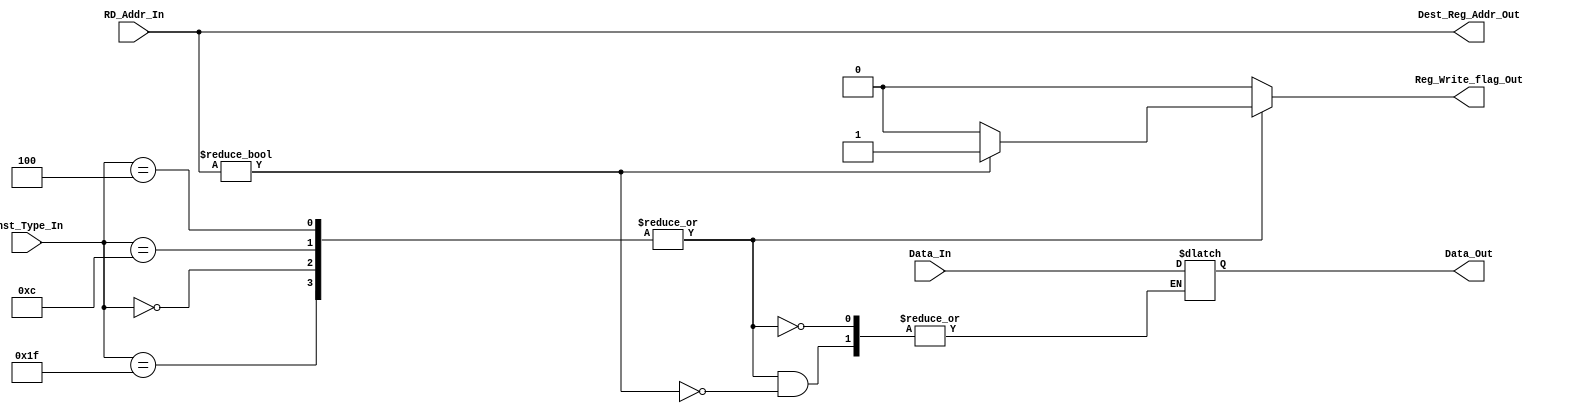
`timescale 1ns / 1ps
//////////////////////////////////////////////////////////////////////////////////
// Company: 
// Engineer: 
// 
// Design Name: 
// Module Name: RW
// Project Name: 
// Target Devices: 
// Tool Versions: 
// Description: 
// 
// Dependencies: 
// 
// Revision:
// Revision 0.01 - File Created
// Additional Comments:
// 
//////////////////////////////////////////////////////////////////////////////////


module RW(
            input[31:0] Data_In,
            input[4:0] Inst_Type_In,
            input[4:0] RD_Addr_In,
            output reg[31:0] Data_Out,
            output reg Reg_Write_flag_Out,
            output reg[4:0] Dest_Reg_Addr_Out
            );
            
    // Based on the value in the Opcode i.e., Inst[6:2] -> 5bits
    parameter IMMEDIATE_TYPE = 5'b00100;
    parameter REGISTER_REGISTER_TYPE = 5'b01100;
    parameter LOAD_TYPE = 5'b00000;
    parameter STORE_TYPE = 5'b01000;
    parameter BRANCH_TYPE = 5'b11000;
    parameter MAC_TYPE = 5'b11111;
    
   initial
    begin
        Data_Out <= 32'dx;
        Reg_Write_flag_Out <= 32'dx;
        Dest_Reg_Addr_Out <= 5'dx;
    end
    
    always@(*)
    begin
        Reg_Write_flag_Out <= 1'd0;
        Dest_Reg_Addr_Out <= RD_Addr_In;
        case(Inst_Type_In)
            IMMEDIATE_TYPE,
            REGISTER_REGISTER_TYPE,
            LOAD_TYPE,               
            MAC_TYPE                :
                begin 
                    if(RD_Addr_In != 32'd0)
                    begin
                        Reg_Write_flag_Out <= 32'd1;
                        Data_Out <= Data_In;
                        Dest_Reg_Addr_Out <= RD_Addr_In;
                    end
                end
            default                 : Reg_Write_flag_Out <= 32'd0;
        endcase
    end

endmodule